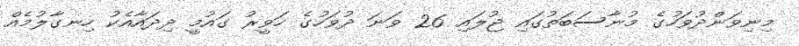
މިނިވަންދުވަހުގެ މުނާސަބަތުގައި ޖުލައި 26 ވަނަ ދުވަހުގެ ހަވީރު ގައުމީ ދިދައާއެކު ހިނގާލުމެއް